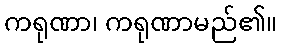
ကရုဏာ၊ ကရုဏာမည်၏။